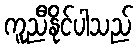
ကူညီနိုင်ပါသည်